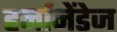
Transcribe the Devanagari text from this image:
हर्नानेंडेज